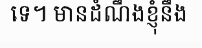
ទេ។ មានដំណឹងខ្ញុំនឹង